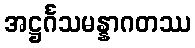
အဋ္ဌင်္ဂသမန္နာဂတဿ